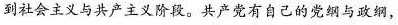
到社会主义与共产主义阶段。共产党有自己的党纲与政纲，